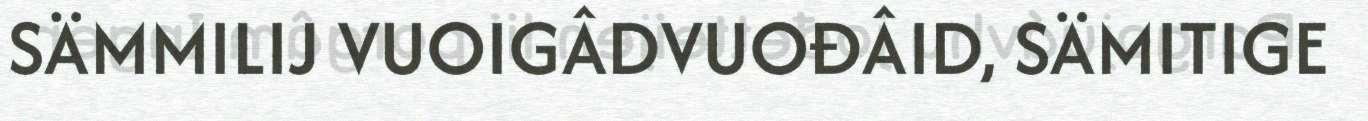
SÄMMILIJ VUOIGÂDVUOĐÂID, SÄMITIGE